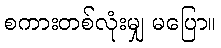
စကားတစ်လုံးမျှ မပြော။